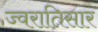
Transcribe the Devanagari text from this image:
ज्वरातिसार